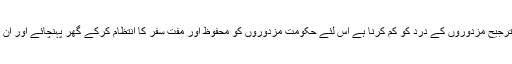
کانگریس کی صدر نے کہا کہ ان کی ترجیح مزدوروں کے درد کو کم کرنا ہے اس لئے حکومت مزدوروں کو محفوظ اور مفت سفر کا انتظام کرکے گھر پہنچائے اور ان کے لئے روزی روٹی کا انتظام کرے۔